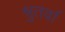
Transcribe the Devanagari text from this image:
श्रुतर्वा